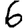
Digit: 6